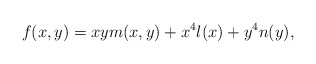
\begin{align*} f(x,y)=xym(x,y)+x^4l(x)+y^4n(y), \end{align*}